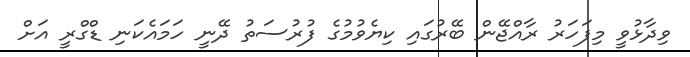
ވިދާޅުވީ މިފަހަރު ރާއްޖޭން ބޭރުގައި ކިޔެވުމުގެ ފުރުސަތު ދޭނީ ހަމައެކަނި ޑްގްރީ އަށް